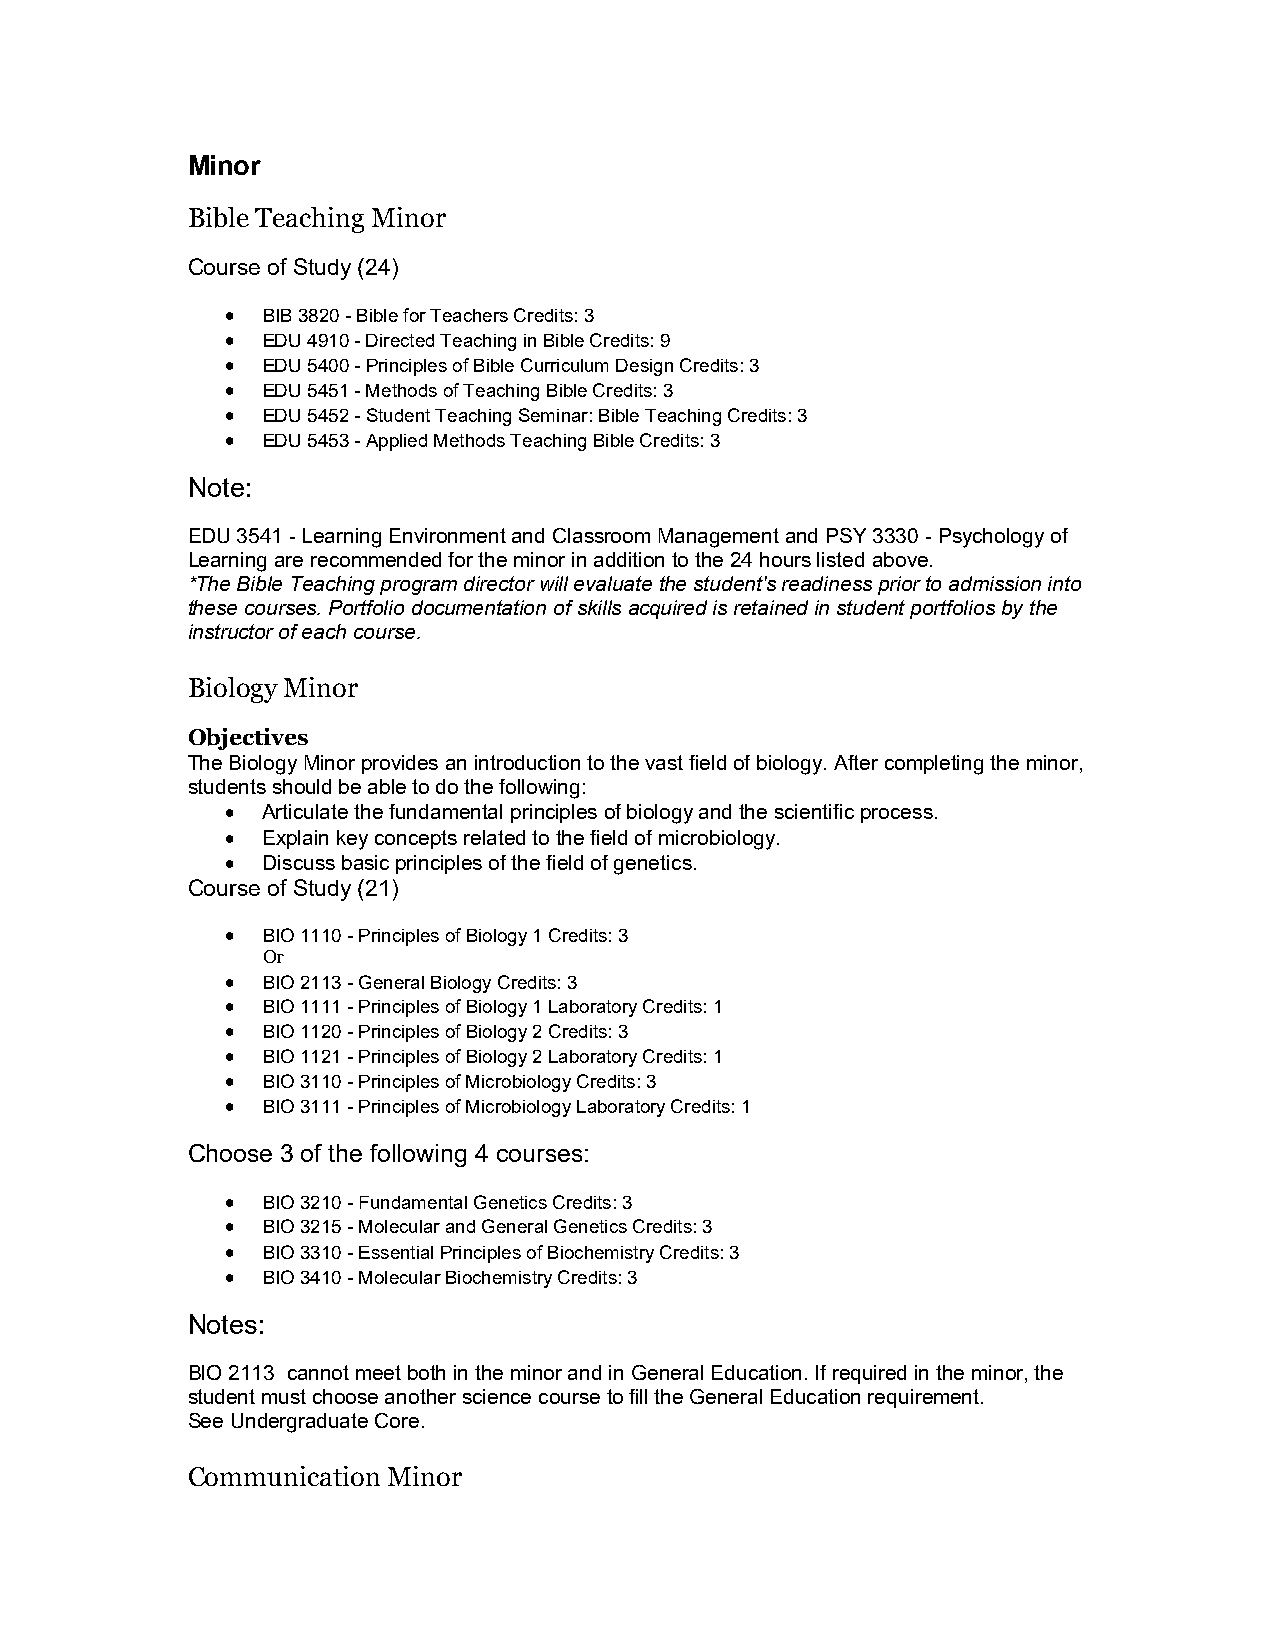
Minor
 Bible Teaching Minor
 Course of Study (24)
  BIB 3820 - Bible for Teachers Credits: 3
  EDU 4910 - Directed Teaching in Bible Credits: 9
  EDU 5400 - Principles of Bible Curriculum Design Credits: 3
  EDU 5451 - Methods of Teaching Bible Credits: 3
  EDU 5452 - Student Teaching Seminar: Bible Teaching Credits: 3
  EDU 5453 - Applied Methods Teaching Bible Credits: 3
 Note:
 EDU 3541 - Learning Environment and Classroom Management and PSY 3330 - Psychology of
 Learning are recommended for the minor in addition to the 24 hours listed above.
 *The Bible Teaching program director will evaluate the student's readiness prior to admission into
 these courses. Portfolio documentation of skills acquired is retained in student portfolios by the
 instructor of each course.
 Biology Minor
 Objectives
 The Biology Minor provides an introduction to the vast field of biology. After completing the minor,
 students should be able to do the following:
  Articulate the fundamental principles of biology and the scientific process.
  Explain key concepts related to the field of microbiology.
  Discuss basic principles of the field of genetics.
 Course of Study (21)
  BIO 1110 - Principles of Biology 1 Credits: 3
 Or
  BIO 2113 - General Biology Credits: 3
  BIO 1111 - Principles of Biology 1 Laboratory Credits: 1
  BIO 1120 - Principles of Biology 2 Credits: 3
  BIO 1121 - Principles of Biology 2 Laboratory Credits: 1
  BIO 3110 - Principles of Microbiology Credits: 3
  BIO 3111 - Principles of Microbiology Laboratory Credits: 1
 Choose 3 of the following 4 courses:
  BIO 3210 - Fundamental Genetics Credits: 3
  BIO 3215 - Molecular and General Genetics Credits: 3
  BIO 3310 - Essential Principles of Biochemistry Credits: 3
  BIO 3410 - Molecular Biochemistry Credits: 3
 Notes:
 BIO 2113 cannot meet both in the minor and in General Education. If required in the minor, the
 student must choose another science course to fill the General Education requirement.
 See Undergraduate Core.
 Communication Minor